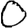
Digit: 0